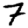
Digit: 7